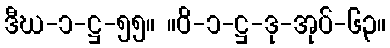
ဒီဃ-၁-ဋ္ဌ-၅၅။ ။ဝိ-၁-ဋ္ဌ-ဒု-အုပ်-၆၃။